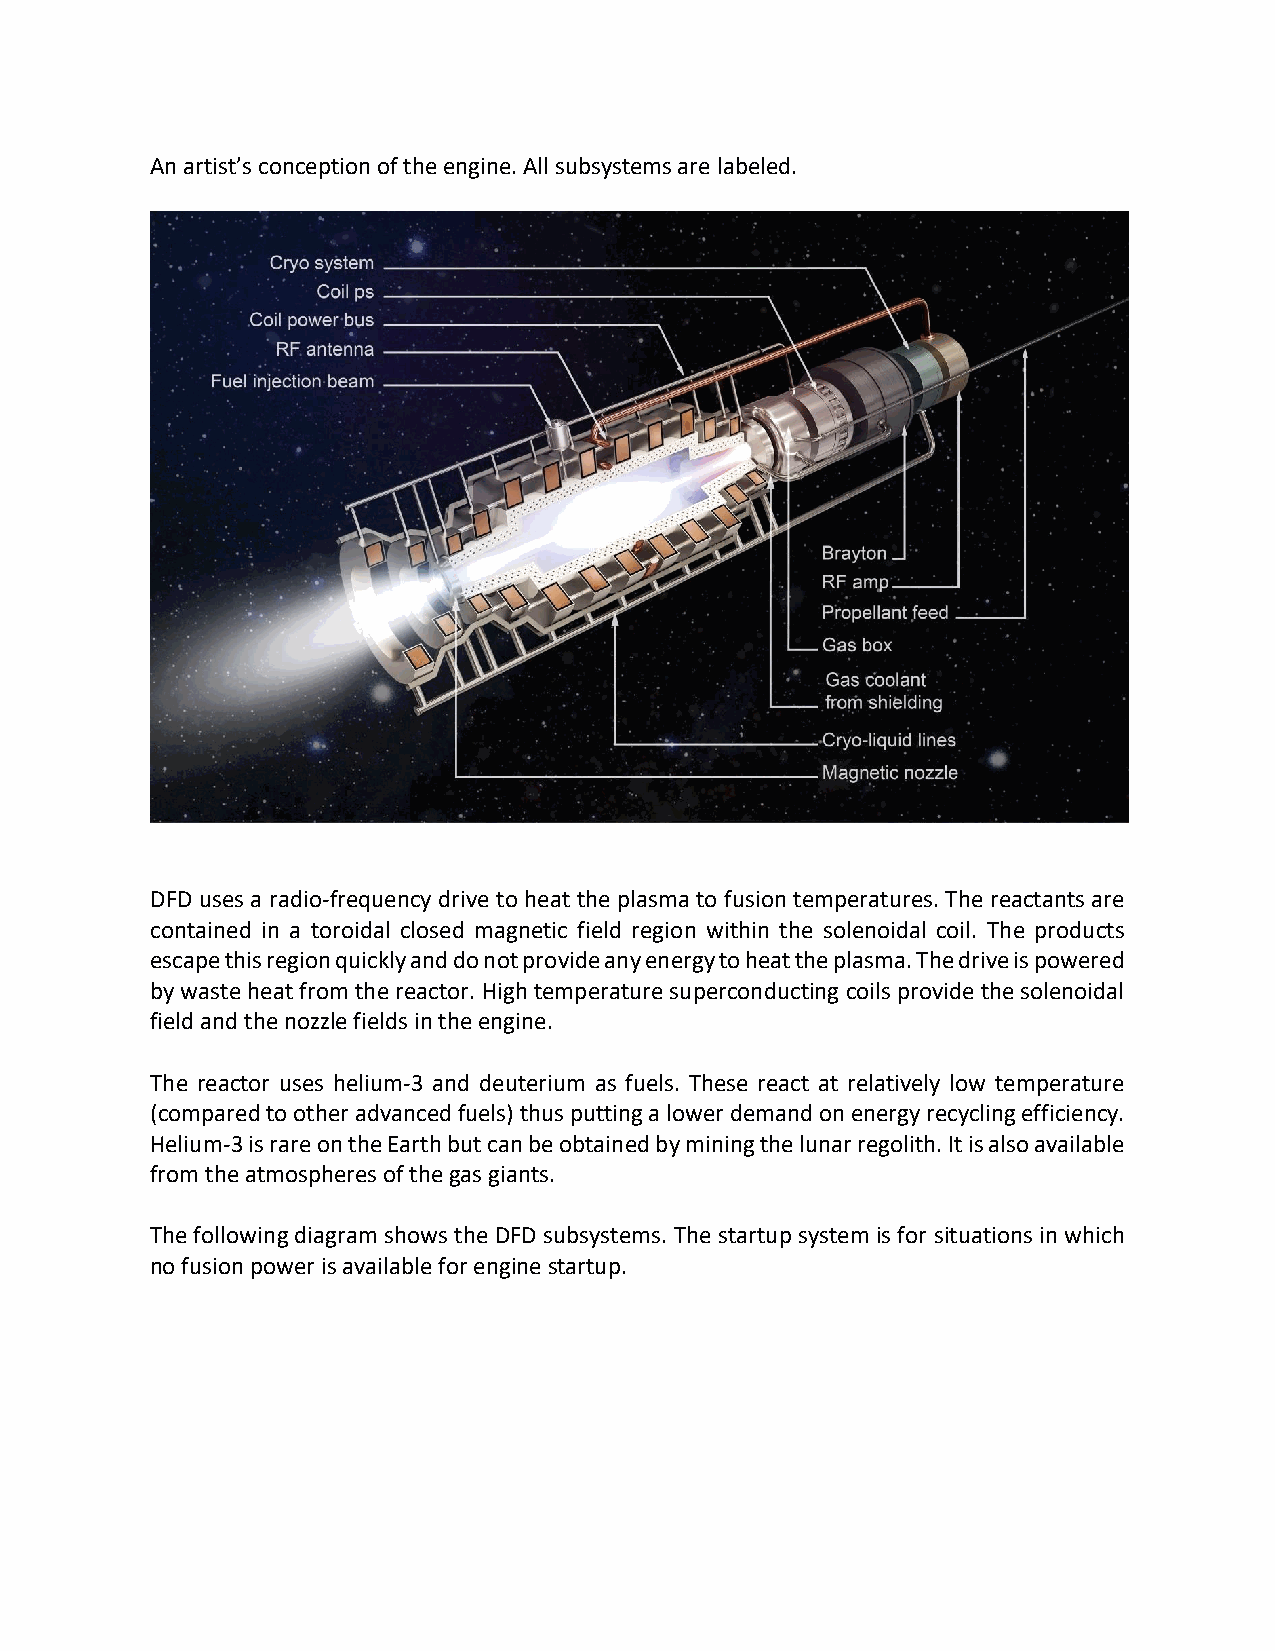
An artist’s conception of the engine. All subsystems are labeled.
 DFD uses a radio-frequency drive to heat the plasma to fusion temperatures. The reactants are
 contained in a toroidal closed magnetic field region within the solenoidal coil. The products
 escape this region quickly and do not provide any energy to heat the plasma. The drive is powered
 by waste heat from the reactor. High temperature superconducting coils provide the solenoidal
 field and the nozzle fields in the engine.
 The reactor uses helium-3 and deuterium as fuels. These react at relatively low temperature
 (compared to other advanced fuels) thus putting a lower demand on energy recycling efficiency.
 Helium-3 is rare on the Earth but can be obtained by mining the lunar regolith. It is also available
 from the atmospheres of the gas giants.
 The following diagram shows the DFD subsystems. The startup system is for situations in which
 no fusion power is available for engine startup.